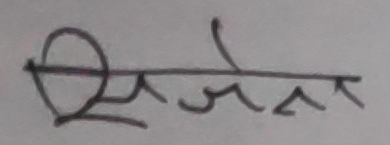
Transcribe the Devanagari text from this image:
राजवत